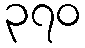
၃၇၀